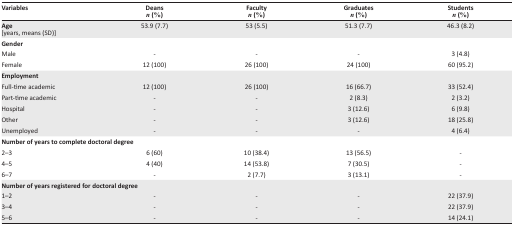
| Variables | Deansn (%) | Facultyn (%) | Graduatesn (%) | Studentsn (%) |
 | --- | --- | --- | --- | --- |
 | Age [years, means (SD)] | 53.9 (7.7) | 53 (5.5) | 51.3 (7.7) | 46.3 (8.2) |
 | <COLSPAN=5> Gender |
 | Male | - | - | - | 3 (4.8) |
 | Female | 12 (100) | 26 (100) | 24 (100) | 60 (95.2) |
 | <COLSPAN=5> Employment |
 | Full-time academic | 12 (100) | 26 (100) | 16 (66.7) | 33 (52.4) |
 | Part-time academic | - | - | 2 (8.3) | 2 (3.2) |
 | Hospital | - | - | 3 (12.6) | 6 (9.8) |
 | Other | - | - | 3 (12.6) | 18 (25.8) |
 | Unemployed | - | - | - | 4 (6.4) |
 | <COLSPAN=5> Number of years to complete doctoral degree |
 | 2–3 | 6 (60) | 10 (38.4) | 13 (56.5) | - |
 | 4–5 | 4 (40) | 14 (53.8) | 7 (30.5) | - |
 | 6–7 | - | 2 (7.7) | 3 (13.1) | - |
 | <COLSPAN=5> Number of years registered for doctoral degree |
 | 1–2 | - | - | - | 22 (37.9) |
 | 3–4 | - | - | - | 22 (37.9) |
 | 5–6 | - | - | - | 14 (24.1) |